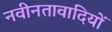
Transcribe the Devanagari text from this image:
नवीनतावादियों